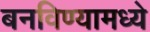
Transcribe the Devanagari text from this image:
बनविण्यामध्ये